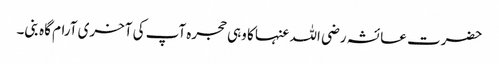
حضرت عائشہ رضی اللہ عنہا کا وہی حجرہ آپ کی آخری آرام گاہ بنی۔